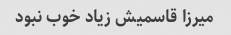
میرزا قاسمیش زیاد خوب نبود